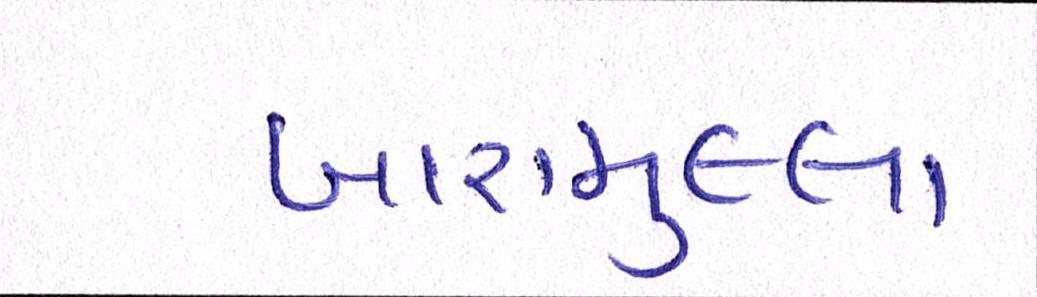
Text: બારામુલ્લા